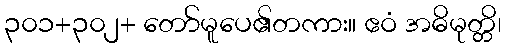
၃၀၁+၃၀၂+ တော်မူပေ၏တကား။ ဧဝံ အဓိမုတ္တိ၊